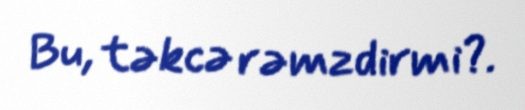
Bu, təkcə rəmzdirmi?.